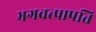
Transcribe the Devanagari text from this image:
भगवत्प्रापति